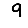
Digit: 9